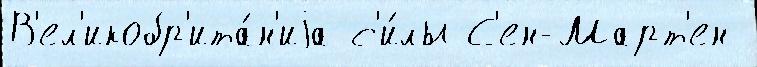
В'ел'икобр'ита́н'иjа с'и́лы С'ен-Март'ен